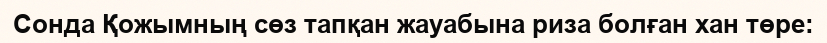
Сонда Қожымның сөз тапқан жауабына риза болған хан төре: